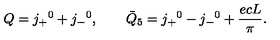
Q = j _ { + } { } ^ { 0 } + j _ { - } { } ^ { 0 } , \qquad { \bar { Q } } _ { 5 } = j _ { + } { } ^ { 0 } - j _ { - } { } ^ { 0 } + \frac { e c L } { \pi } .